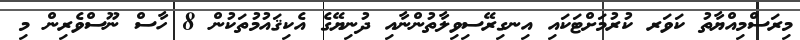
މިރަސްމިއްޔާތު ކަވަރ ކުރުމަށްޓަކައި އިނގިރޭސިވިލާތުންނާއި ދުނިޔޭގެ އެކިޤައުމުތަކުން 8 ހާސް ނޫސްވެރިން މި